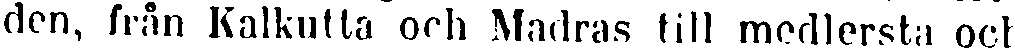
den, från Kalkutta och Madras till medlersta och